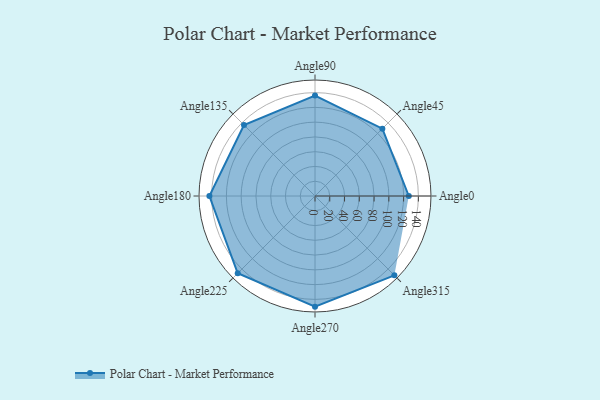
{"axis": {"x": "Angle", "y": "Radius"}, "legend": [""], "data": [{"x": "Angle0", "y": 127.0, "type": ""}, {"x": "Angle45", "y": 129.0, "type": ""}, {"x": "Angle90", "y": 136.0, "type": ""}, {"x": "Angle135", "y": 136.0, "type": ""}, {"x": "Angle180", "y": 143.0, "type": ""}, {"x": "Angle225", "y": 148.0, "type": ""}, {"x": "Angle270", "y": 150.0, "type": ""}, {"x": "Angle315", "y": 152.0, "type": ""}]}